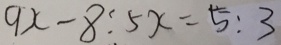
9 x - 8 : 5 x = 5 : 3